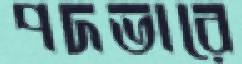
পদভারে